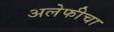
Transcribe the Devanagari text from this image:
अलेफीचा